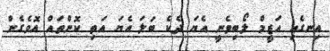
އިނގެއި އަޒީމް ލޯބިވެނީ އެޔަ ދެކެ ބަލަ އެޔަ އަތި ކޮންތައް އޮވެގެން